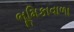
ભૂમિકાવાળા